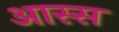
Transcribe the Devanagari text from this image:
आस्स